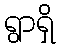
ရွာရှိ